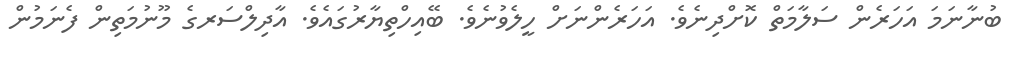
ބުނާނަމަ އަހަރެން ސަލާމަތް ކޮށްދިނެވެ. އަހަރެންނަށް ހީލެވުނެވެ. ބޭއިހްތިޔާރުގައެވެ. އާދިލްސަރގެ މޫނުމަތިން ފެނަމުން